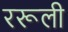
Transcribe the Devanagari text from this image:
ररूली